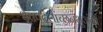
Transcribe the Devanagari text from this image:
धृतपदलांच्छनभुजंगा